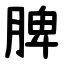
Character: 脾